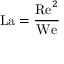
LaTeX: \mathrm { L a } = { \frac { \mathrm { R e } ^ { 2 } } { \mathrm { W e } } }